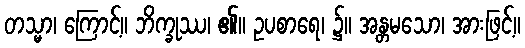
တသ္မာ၊ ကြောင့်။ ဘိက္ခုဿ၊ ၏။ ဥပစာရေ၊ ၌။ အန္တမသော၊ အားဖြင့်။